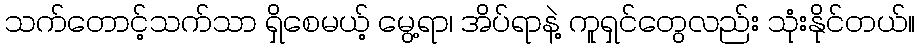
သက်တောင့်သက်သာ ရှိစေမယ့် မွေ့ရာ၊ အိပ်ရာနဲ့ ကူရှင်တွေလည်း သုံးနိုင်တယ်။